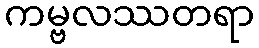
ကမ္ဗလဿတရာ